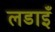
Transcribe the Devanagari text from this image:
लडाइँ